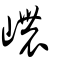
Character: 嶩